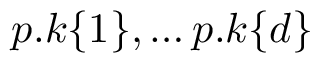
p . k \{ 1 \} , \ldots p . k \{ d \}